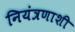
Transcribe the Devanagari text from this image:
नियंत्रणाशी